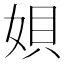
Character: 㛝